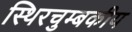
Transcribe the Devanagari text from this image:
स्थिरचुम्बकीय